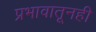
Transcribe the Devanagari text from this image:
प्रभावातूनही